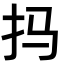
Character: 𫼗